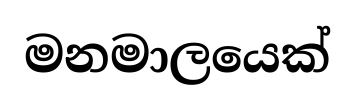
මනමාලයෙක්